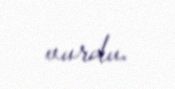
vurdu.